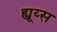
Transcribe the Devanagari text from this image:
ह्यूय्स